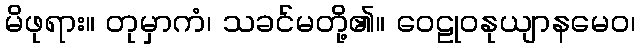
မိဖုရား။ တုမှာကံ၊ သခင်မတို့၏။ ဝေဠုဝနုယျာနမေဝ၊